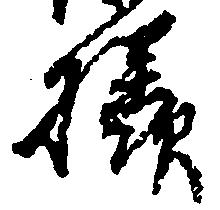
様